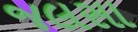
જલસા